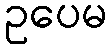
ဥပေမ